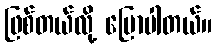
ဖြစ်တယ်လို့ ပြောပါတယ်။